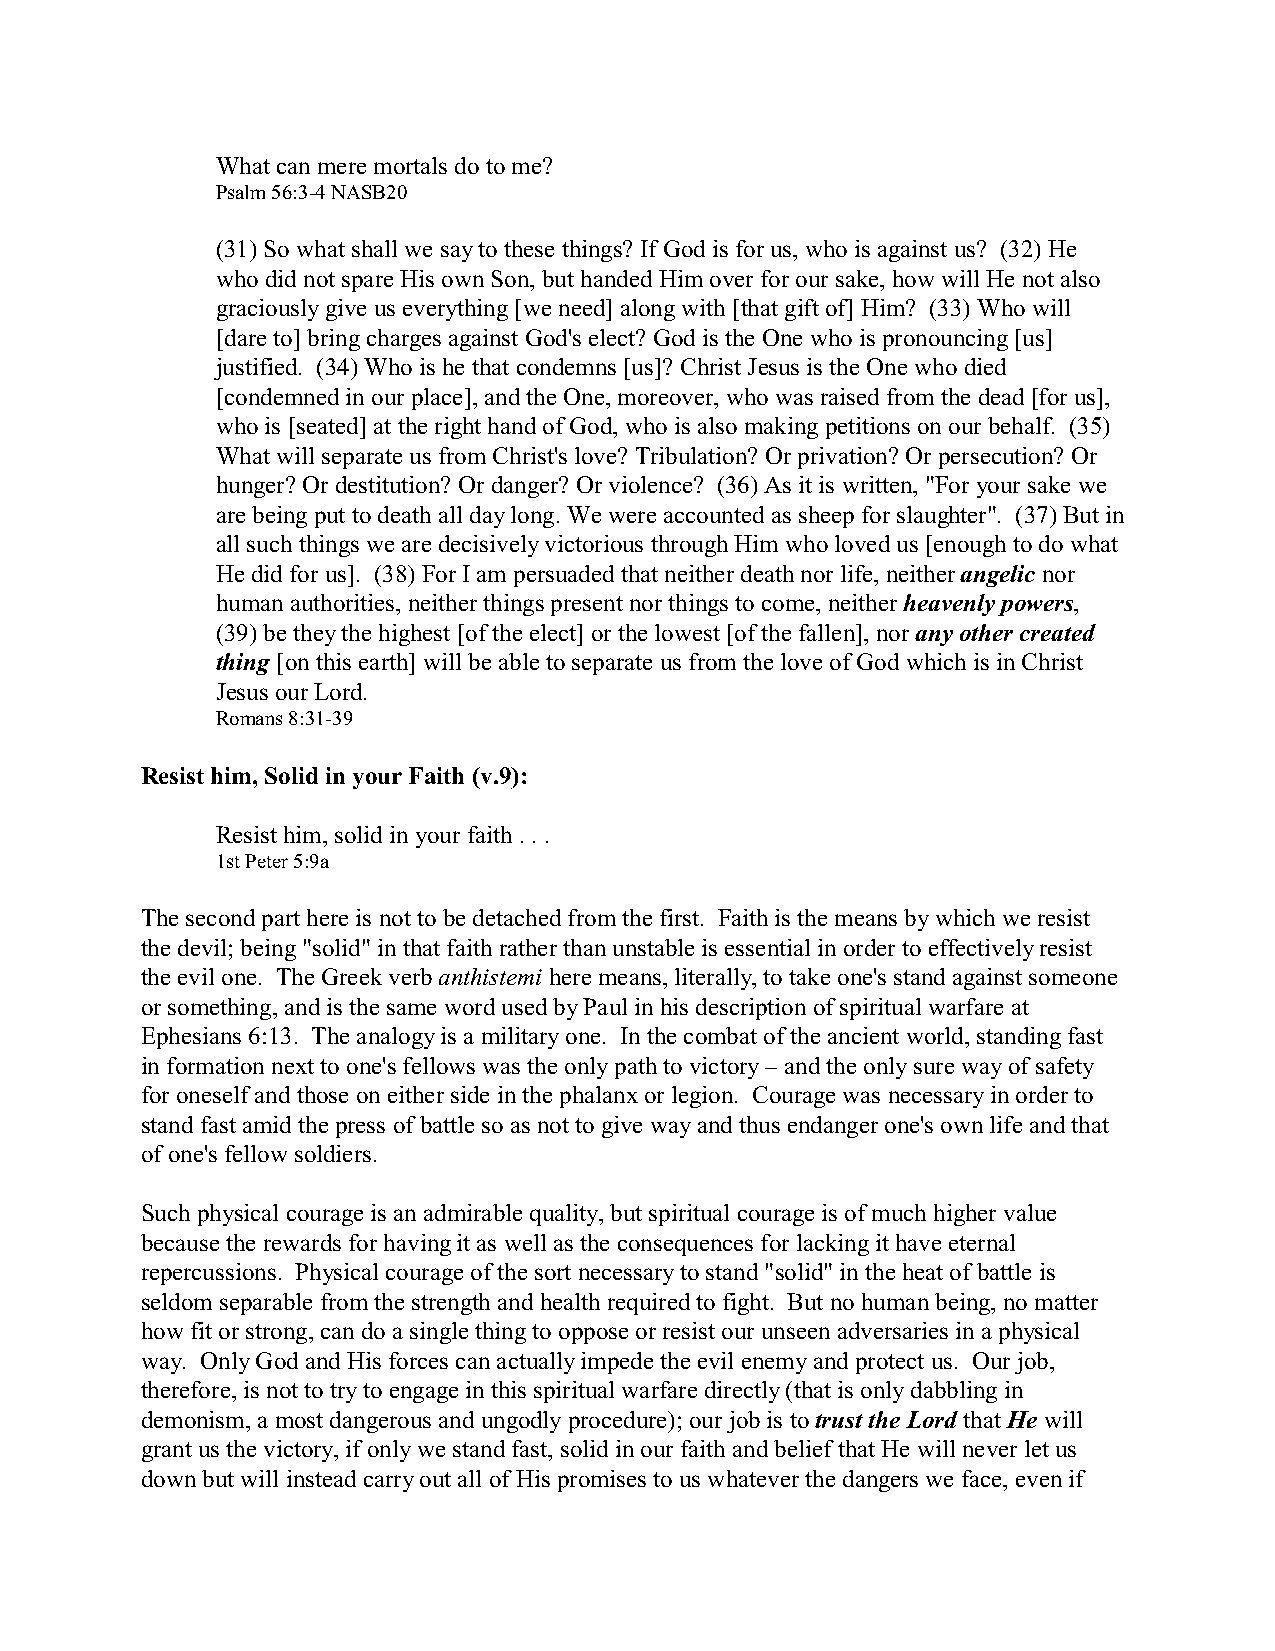
What can mere mortals do to me?
 Psalm 56:3-4 NASB20
 (31) So what shall we say to these things? If God is for us, who is against us? (32) He
 who did not spare His own Son, but handed Him over for our sake, how will He not also
 graciously give us everything [we need] along with [that gift of] Him? (33) Who will
 [dare to] bring charges against God's elect? God is the One who is pronouncing [us]
 justified. (34) Who is he that condemns [us]? Christ Jesus is the One who died
 [condemned in our place], and the One, moreover, who was raised from the dead [for us],
 who is [seated] at the right hand of God, who is also making petitions on our behalf. (35)
 What will separate us from Christ's love? Tribulation? Or privation? Or persecution? Or
 hunger? Or destitution? Or danger? Or violence? (36) As it is written, "For your sake we
 are being put to death all day long. We were accounted as sheep for slaughter". (37) But in
 all such things we are decisively victorious through Him who loved us [enough to do what
 He did for us]. (38) For I am persuaded that neither death nor life, neither angelic nor
 human authorities, neither things present nor things to come, neither heavenly powers,
 (39) be they the highest [of the elect] or the lowest [of the fallen], nor any other created
 thing [on this earth] will be able to separate us from the love of God which is in Christ
 Jesus our Lord.
 Romans 8:31-39
 Resist him, Solid in your Faith (v.9):
 Resist him, solid in your faith . . .
 1st Peter 5:9a
 The second part here is not to be detached from the first. Faith is the means by which we resist
 the devil; being "solid" in that faith rather than unstable is essential in order to effectively resist
 the evil one. The Greek verb anthistemi here means, literally, to take one's stand against someone
 or something, and is the same word used by Paul in his description of spiritual warfare at
 Ephesians 6:13. The analogy is a military one. In the combat of the ancient world, standing fast
 in formation next to one's fellows was the only path to victory – and the only sure way of safety
 for oneself and those on either side in the phalanx or legion. Courage was necessary in order to
 stand fast amid the press of battle so as not to give way and thus endanger one's own life and that
 of one's fellow soldiers.
 Such physical courage is an admirable quality, but spiritual courage is of much higher value
 because the rewards for having it as well as the consequences for lacking it have eternal
 repercussions. Physical courage of the sort necessary to stand "solid" in the heat of battle is
 seldom separable from the strength and health required to fight. But no human being, no matter
 how fit or strong, can do a single thing to oppose or resist our unseen adversaries in a physical
 way. Only God and His forces can actually impede the evil enemy and protect us. Our job,
 therefore, is not to try to engage in this spiritual warfare directly (that is only dabbling in
 demonism, a most dangerous and ungodly procedure); our job is to trust the Lord that He will
 grant us the victory, if only we stand fast, solid in our faith and belief that He will never let us
 down but will instead carry out all of His promises to us whatever the dangers we face, even if